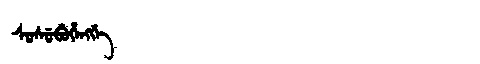
Manchu: ᠰᡠᠰᡠᠪᡠᡥᡝᠩᡤᡝ
Romanization: SUSUBUHENGGE